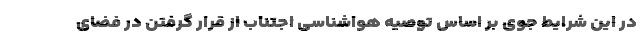
در این شرایط جوی بر اساس توصیه هواشناسی اجتناب از قرار گرفتن در فضای